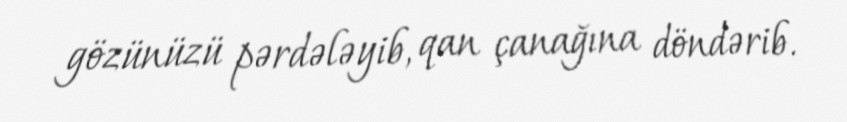
gözünüzü pərdələyib, qan çanağına döndərib.